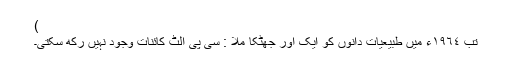
)
تب ١٩٦٤ء میں طبیعیات دانوں کو ایک اور جھٹکا ملا : سی پی الٹ کائنات وجود نہیں رکھ سکتی۔